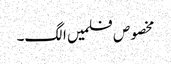
مخصوص فلمیں الگ۔